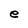
Character: e